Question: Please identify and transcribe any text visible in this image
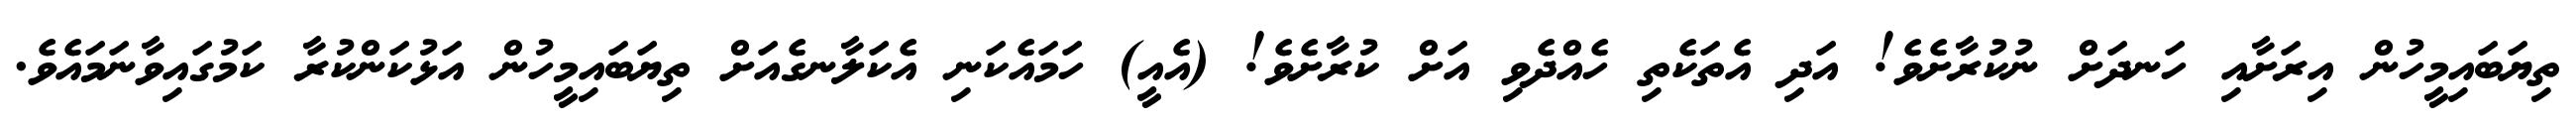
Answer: ތިޔަބައިމީހުން އިރަށާއި ހަނދަށް ނުކުރާށެވެ! އަދި އެތަކެތި ހެއްދެވި އަށް ކުރާށެވެ! (އެއީ) ހަމައެކަނި އެކަލާނގެއަށް ތިޔަބައިމީހުން އަޅުކަންކުރާ ކަމުގައިވާނަމައެވެ.